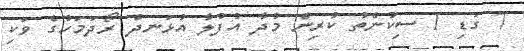
7 ގަޑި 1 ސިކުންތު ކުރިން މުދާ އުފުލާ އުޅަނދު ރޯދަމަހުގެ ވަކި